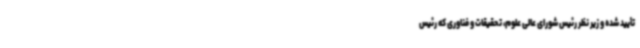
تأیید شده و زیر نظر رئیس شورای عالی علوم، تحقیقات و فناوری که رئیس